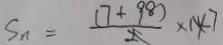
S _ { n } = \frac { ( 7 + 9 8 ) } { 2 } \times 1 4 7